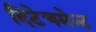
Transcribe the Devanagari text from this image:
दिटेचमेन्ट